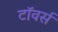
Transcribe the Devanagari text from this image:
टाॅवर्स